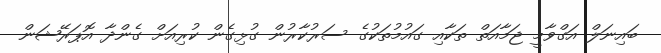
ބައިނަލް އަގްވާމީ ޖަމާއަތް ތަކާއި ގައުމުތަކުގެ ސަރުކާރުން ގުޅިގެން ކުރިއަށް ގެންދާ އޮޕަރޭޝަން